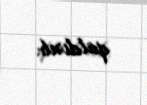
qaldırıb.